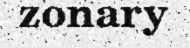
zonary